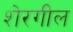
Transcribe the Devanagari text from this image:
शेरगील